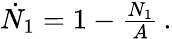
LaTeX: \begin{array}{r}{\dot{N}_{1}=1-\frac{N_{1}}{A}\, .}\end{array}